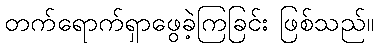
တက်ရောက်ရှာဖွေခဲ့ကြခြင်း ဖြစ်သည်။